Annual report on the working of the lock hospitals in the North-Western Provinces and Oudh
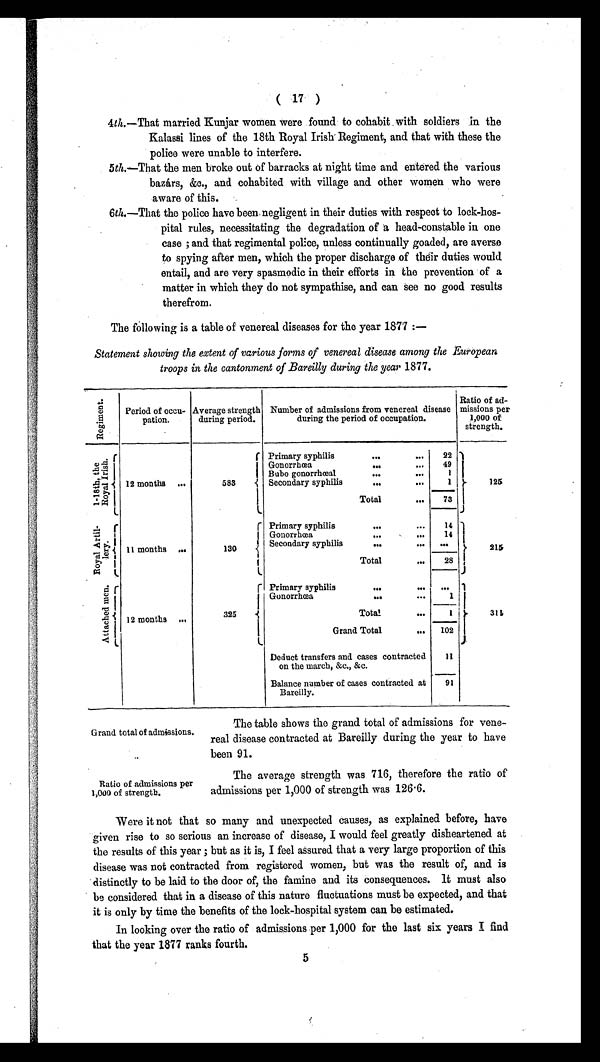
( 17 )
4th.—That married Kunjar women were found to cohabit with soldiers in the
Kalassi lines of the 18th Royal Irish Regiment, and that with these the
police were unable to interfere.
5th.—That the men broke out of barracks at night time and entered the various
bazárs, &c., and cohabited with village and other women who were
aware of this.
6th.—That the police have been negligent in their duties with respect to lock-hos-
pital rules, necessitating the degradation of a head-constable in one
case ; and that regimental police, unless continually goaded, are averse
to spying after men, which the proper discharge of their duties would
entail, and are very spasmodic in their efforts in the prevention of a
matter in which they do not sympathise, and can see no good results
therefrom.
The following is a table of venereal diseases for the year 1877 :—
Statement showing the extent of various forms of venereal disease among the European
troops in the cantonment of Bareilly during the year 1877.
R e g i m e n t .
Period of occu-
pation.
Average strength
during period.
Number of admissions from venereal disease
during the period of occupation.
Ratio of ad-
missions per
1,000 of
strength.
1 · 1 8 t h , t h e R o y a l I r i s h .
12 months ...
583
Primary syphilis
. . . . . .
22
12
5
Gonorrhœa... ...
4 9
Bubo gonorrhœal
... ...
1
Secondary syphilis
...
...
1
Total
. . .
73
R o y a l A r t i l - l e r y .
11 months ...
130
Primary syphilis
... ...
14
21
5
14
Gonorrhœa
. . . . . .
Secondary syphilis
... ...
...
Total
...
28
A t t a c h e d m e n .
12 months ...
325
Primary syphilis
... ...
. . .
31
1
Gonorrhœa
... ...
1
Total
. . .
1
Grand Total
...
102
Deduct transfers and cases contracted
on the march, &c., &c.
11
Balance number of cases contracted at
Bareilly.
91
Grand total of admissions.
Ratio of admissions per
1,000 of strength.
The table shows the grand total of admissions for vene-
real disease contracted at Bareilly during the year to have
been 91.
The average strength was 716, therefore the ratio of
admissions per 1,000 of strength was 126·6.
Were it not that so many and unexpected causes, as explained before, have
given rise to so serious an increase of disease, I would feel greatly disheartened at
the results of this year ; but as it is, I feel assured that a very largo proportion of this
disease was not contracted from registered women, but was the result of, and is
distinctly to be laid to the door of, the famine and its consequences. It must also
be considered that in a disease of this nature fluctuations must be expected, and that
it is only by time the benefits of the lock-hospital system can be estimated.
In looking over the ratio of admissions per 1,000 for the last six years I find
that the year 1877 ranks fourth.
5